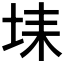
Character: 𡋃